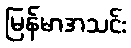
မြန်မာအသင်း